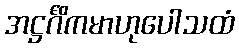
အဋ္ဌင်္ဂိကမာဟုပေါသထံ